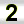
Digit: 2